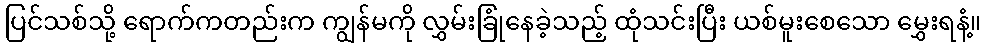
ပြင်သစ်သို့ ရောက်ကတည်းက ကျွန်မကို လွှမ်းခြုံနေခဲ့သည့် ထုံသင်းပြီး ယစ်မူးစေသော မွှေးရနံ့။